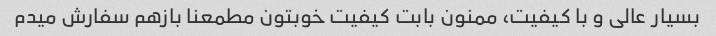
بسیار عالی و با کیفیت، ممنون بابت کیفیت خوبتون مطمعنا بازهم سفارش میدم